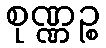
စုဏ္ဏဉ္စ